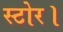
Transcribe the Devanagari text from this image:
स्टोर।